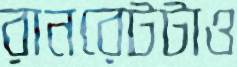
রানরেটটাও